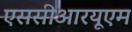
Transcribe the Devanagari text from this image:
एससीआरयूएम